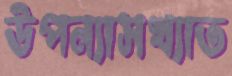
উপন্যাসখ্যাত